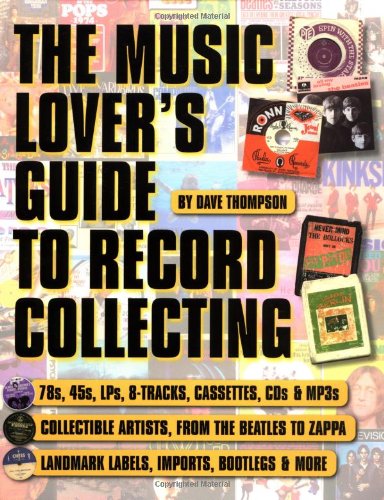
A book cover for The Music Lover's Guide to Record Collecting (Book); Dave Thompson; Crafts, Hobbies & Home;